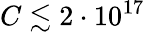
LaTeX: C\lesssim 2\cdot 10^{17}